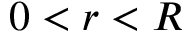
0 < r < R